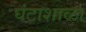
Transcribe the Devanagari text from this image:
घंटाशाळा